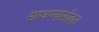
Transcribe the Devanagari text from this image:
साधण्यासोबत